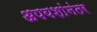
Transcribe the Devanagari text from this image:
अपयशांनंतर